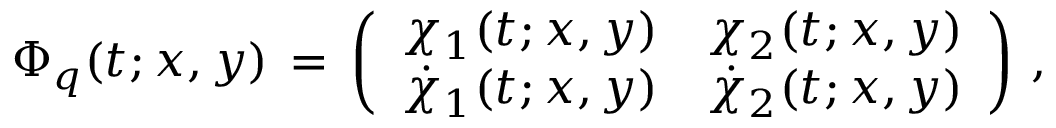
\Phi _ { q } ( t ; x , y ) \, = \, \left( \begin{array} { c c } { { \chi _ { 1 } ( t ; x , y ) } } & { { \chi _ { 2 } ( t ; x , y ) } } \\ { { { \dot { \chi } _ { 1 } ( t ; x , y ) } } } & { { { \dot { \chi } _ { 2 } ( t ; x , y ) } } } \end{array} \right) \, ,